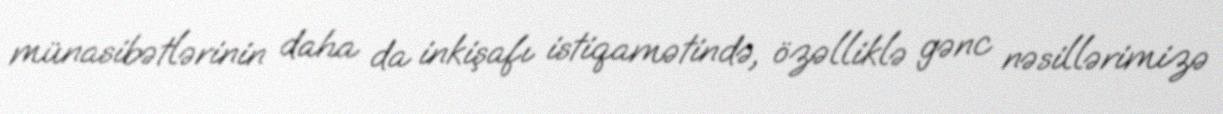
münasibətlərinin daha da inkişafı istiqamətində, özəlliklə gənc nəsillərimizə